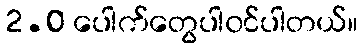
2.0 ပေါက်တွေပါ၀င်ပါတယ်။